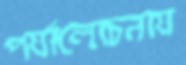
পর্যালোচনায়